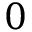
0